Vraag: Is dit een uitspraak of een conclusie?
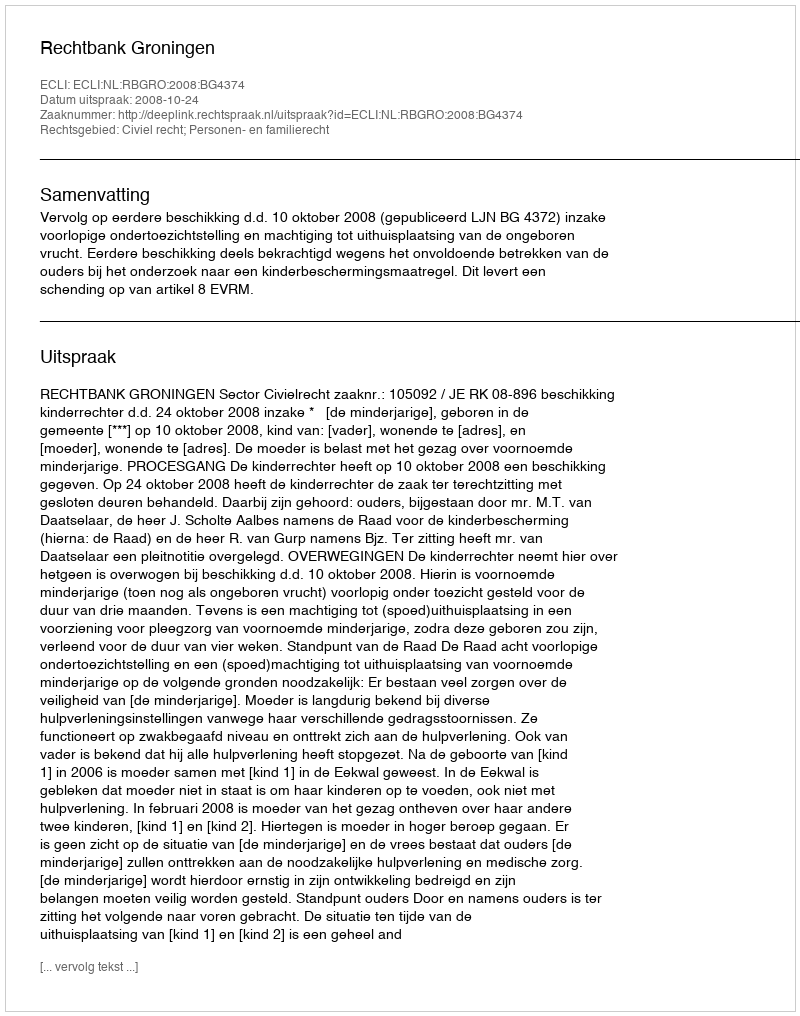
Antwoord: Uitspraak